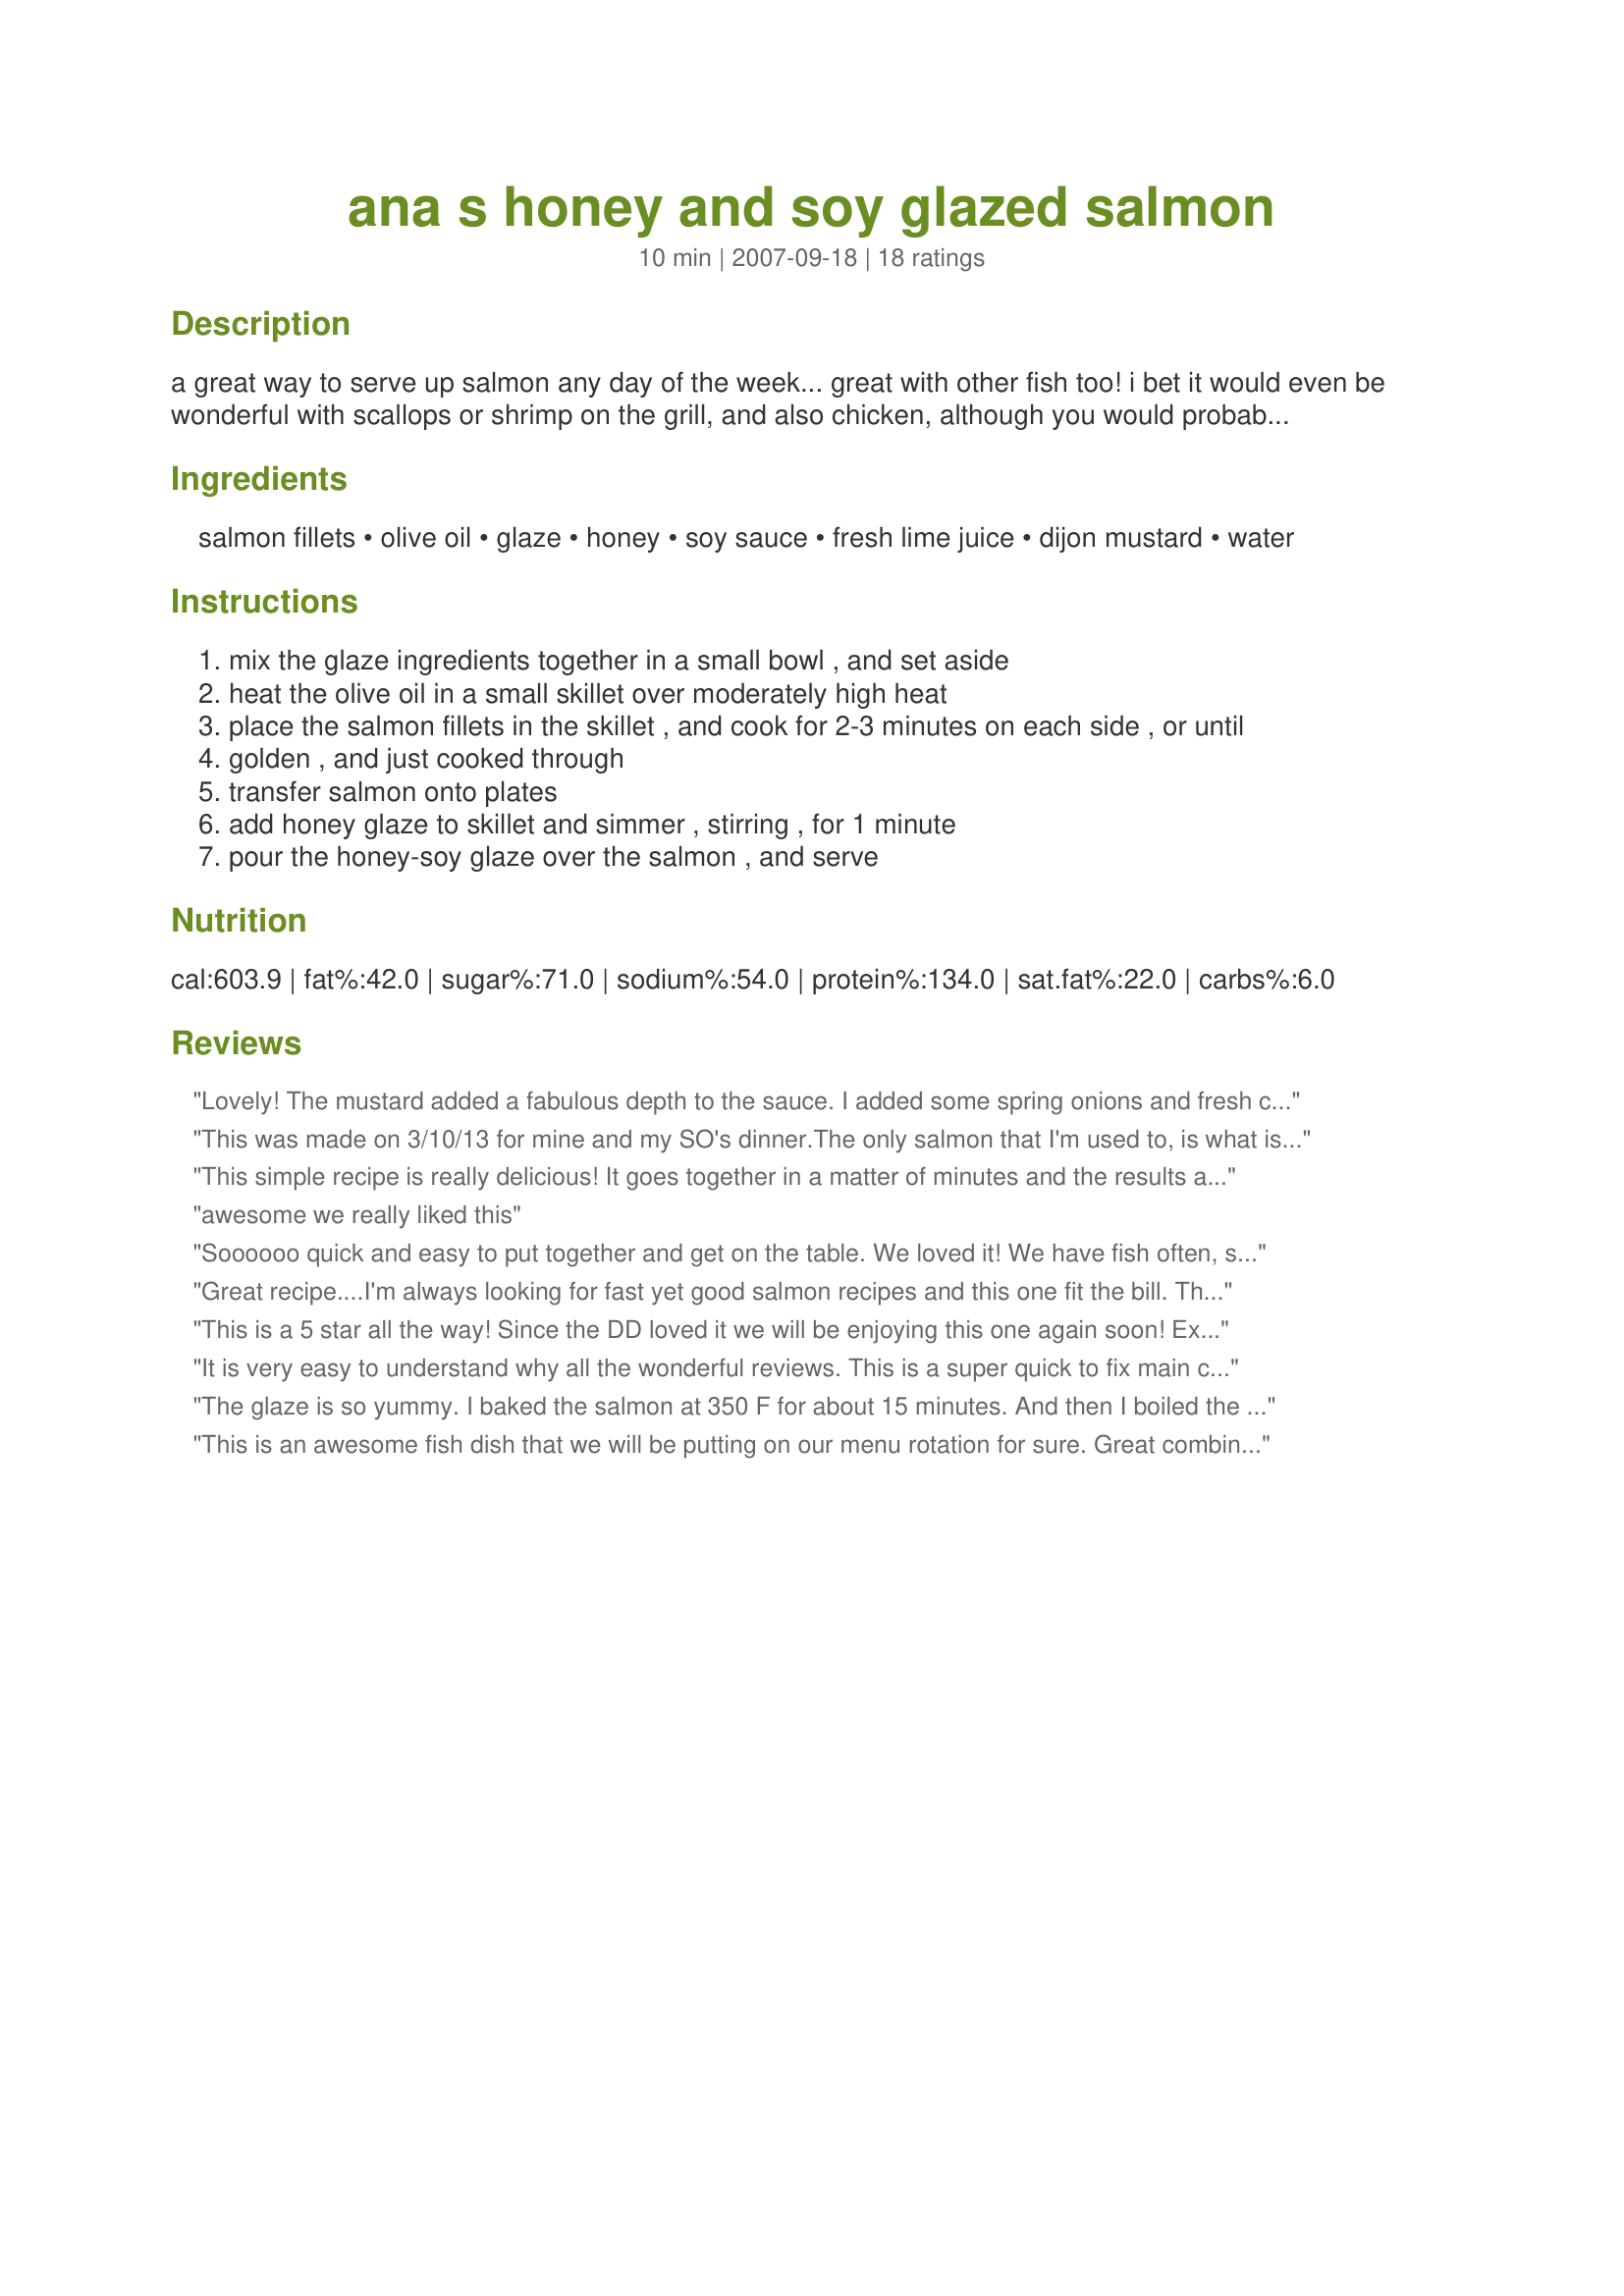
ana s honey and soy glazed salmon
Preparation time: 10 minutes

a great way to serve up salmon any day of the week... great with other fish too! i bet it would even be wonderful with scallops or shrimp on the grill, and also chicken, although you would probably have to make more sauce... yum! try doubling up on the sauce, and serving it over rice along with your meal...

Ingredients:
salmon fillets, olive oil, glaze, honey, soy sauce, fresh lime juice, dijon mustard, water

Steps:
mix the glaze ingredients together in a small bowl , and set aside
heat the olive oil in a small skillet over moderately high heat
place the salmon fillets in the skillet , and cook for 2-3 minutes on each side , or until
golden , and just cooked through
transfer salmon onto plates
add honey glaze to skillet and simmer , stirring , for 1 minute
pour the honey-soy glaze over the salmon , and serve

Reviews:
Lovely! The mustard added a fabulous depth to the sauce. I added some spring onions and fresh coriander at the end. The family loved it!
This was made on 3/10/13 for mine and my SO's dinner.The only salmon that I'm used to, is what is in a can,so I was a bit hesitant on trying this recipe.Except for using thinner salmon fillet cuts and using a spicy dijon mustard,the recipe was made as it was written.Through no fault of the recipe,(read:Chef's fault) the fish was a bit dry. Maybe perhaps the fillets were too thin? My SO and I did use the leftover sauce to add some extra moisture to the fish.But we did enjoy the taste. Thanks for posting, and " Keep Smiling :)"
This simple recipe is really delicious! It goes together in a matter of minutes and the results are company worthy. I doubled the glaze ingredients and otherwise made as directed. Thanks so much, Linda's Busy Kitchen!
awesome we really liked this
Soooooo quick and easy to put together and get on the table. We loved it! We have fish often, so I can see this recipe becoming a regular around here! Wendy
Great recipe....I'm always looking for fast yet good salmon recipes and this one fit the bill. Thanks Linda!
This is a 5 star all the way! Since the DD loved it we will be enjoying this one again soon! Excellent combination of flavors and the glaze was perfect. Just as good as in the restaurant!
It is very easy to understand why all the wonderful reviews. This is a super quick to fix main course. I made it as per the recipe, cooking my fillets slightly longer to make sure they were cooked through. The quanity of sauce was fine for me. This was served with roasted vegetables. Made for *Zaar Stars Tag*
The glaze is so yummy. I baked the salmon at 350 F for about 15 minutes. And then I boiled the sauce in a small saucepan. Thanks Linda :) Made for I recommend tag game
This is an awesome fish dish that we will be putting on our menu rotation for sure. Great combination of ingredients going on here. We had Garlic Mashed Potatoes and Coleslaw with it and they went perfect! Thanks for sharing Linda! Milt
This was a nice recipe. I used it as a marinade. I let it sit for about an hour. Substituted lemon juice for lime juice since i didnt have lime. Cooked it off in the oven. It was nice, and ill definitely make it again. But i wasnt wowed by it.
Made this according to the recipe although I did triple the glaze ingredients, before serving the salmon along with some brown rice! ABSOLUTELY GREAT TASTE, & a definite keeper of a recipe! [Tagged, made & reviewed in Zaar Stars tag game]
We loved this!! Even my 3yo gobbled it all up. Super simple (and quick) to prepare, with delicious results. This will be a regular recipe! Thanks Linda!
Nice combination of flavors; salty enough for my husband, sweet enough for me. Very simple to make. I recommend doubling (or tripling) the glaze depending on the size of your salmon and the amount of sauce you like.
Super salmon. Goes together quickly and easily for a superb meal. For stars tag. Actually, forgot the lime, but great on its own.
It was my DH's birthday and I wanted to make him something different that I thought he would enjoy. I served the fish with Jasmine rice and a nice salad. I served the thickrned glaze over the rice, and it was delicious! Thank you!
This was a very simple and delious recipe and was a complete hit! I served mine over a bed of rice and doubled the glaze sauce and used it as a gravy. I also taosted sesame seeds and and garnished with green onions.
We eat salmon at least once a week in my house and this recipe sure hit the spot. We will be putting this on our monthly menu it was enjoyed so much! Excellent recipe Linda.
